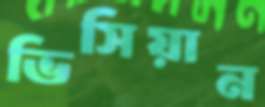
ভিসিয়ান